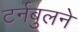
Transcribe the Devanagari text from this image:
टर्नबुलने